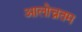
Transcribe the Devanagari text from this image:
आलोच्नतम